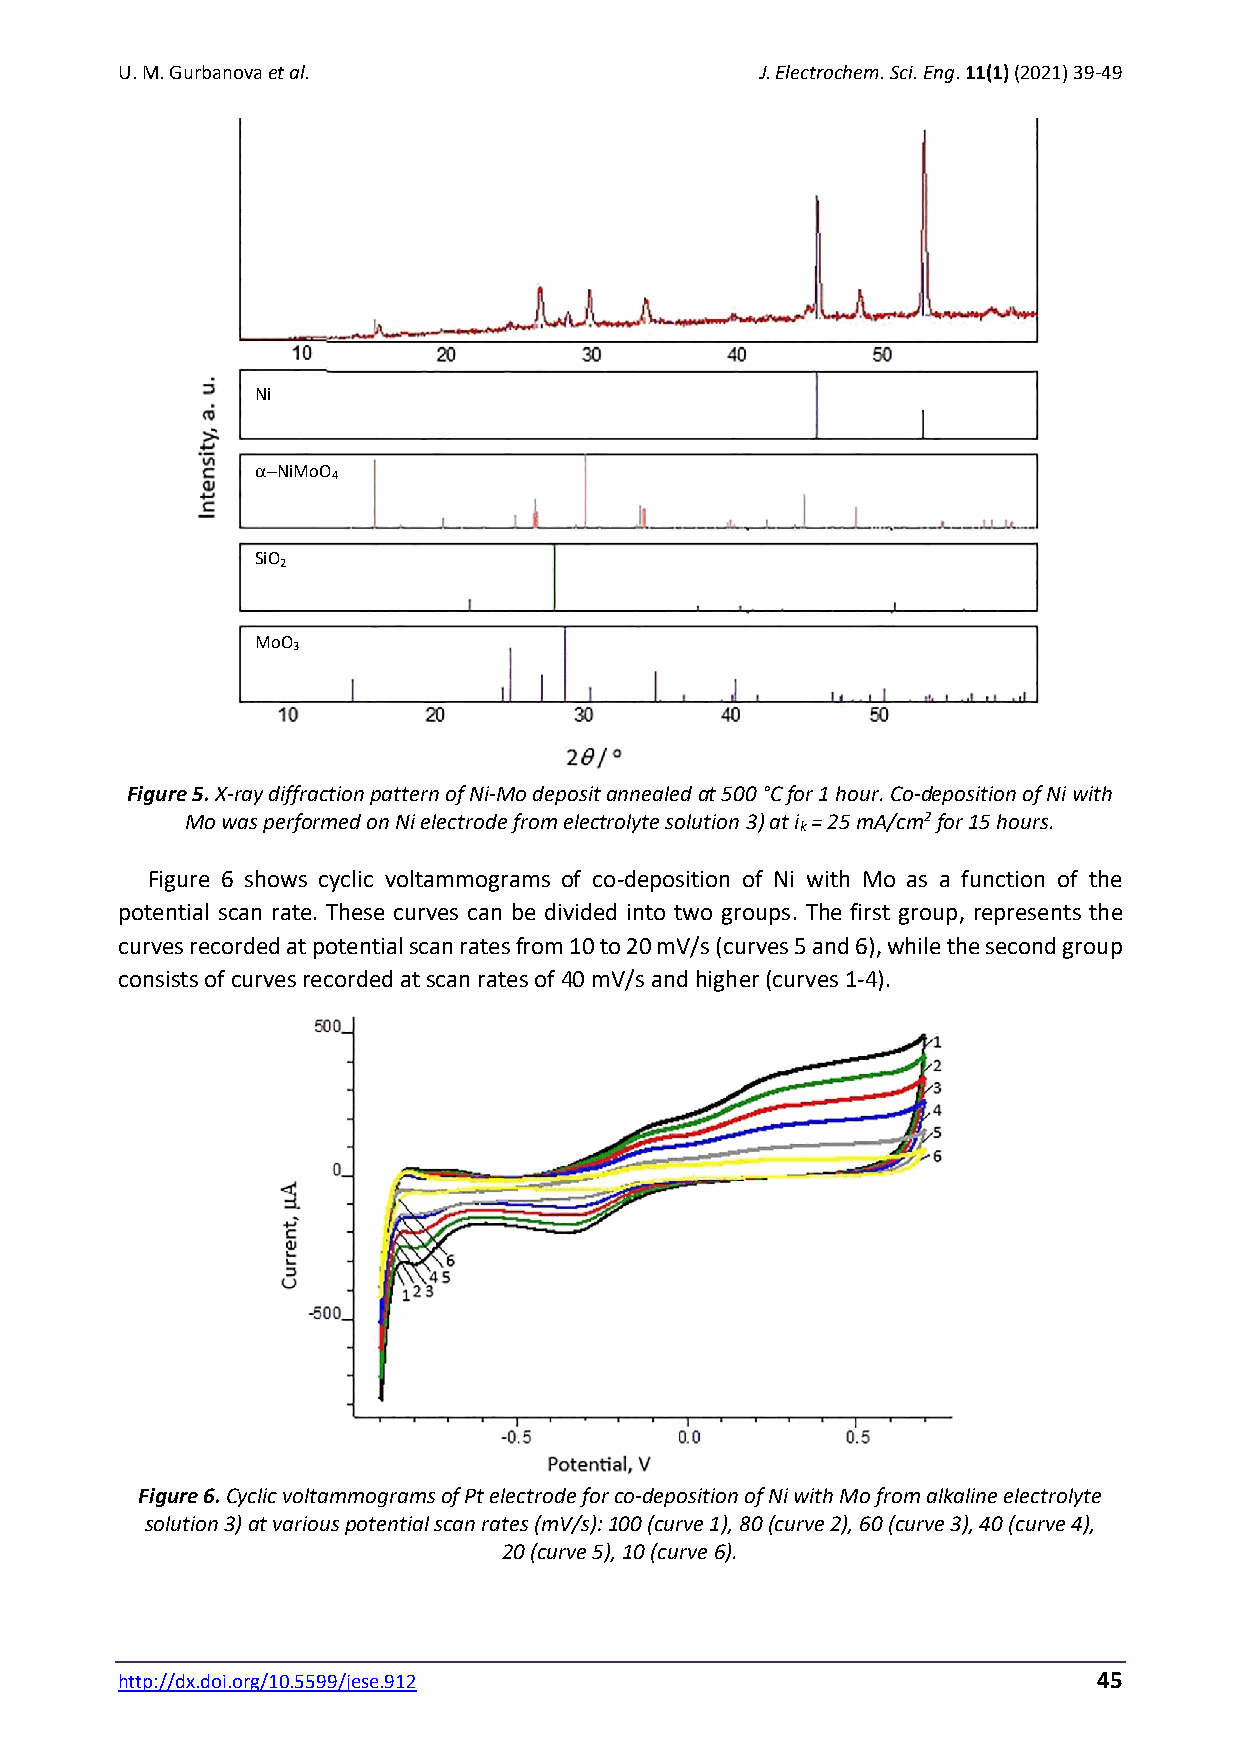
U. M. Gurbanova et al.                    J. Electrochem. Sci. Eng. 11(1) (2021) 39-49
 Ni
 −NiMoO
 4
 SiO
 2
 MoO
 3
 Figure 5. X-ray diffraction pattern of Ni-Mo deposit annealed at 500 °C for 1 hour. Co-deposition of Ni with
 Mo was performed on Ni electrode from electrolyte solution 3) at i = 25 mA/cm2 for 15 hours.
 k
 Figure 6 shows cyclic voltammograms of co-deposition of Ni with Mo as a function of the
 potential scan rate. These curves can be divided into two groups. The first group, represents the
 curves recorded at potential scan rates from 10 to 20 mV/s (curves 5 and 6), while the second group
 consists of curves recorded at scan rates of 40 mV/s and higher (curves 1-4).
 Figure 6. Cyclic voltammograms of Pt electrode for co-deposition of Ni with Mo from alkaline electrolyte
 solution 3) at various potential scan rates (mV/s): 100 (curve 1), 80 (curve 2), 60 (curve 3), 40 (curve 4),
 20 (curve 5), 10 (curve 6).
 http://dx.doi.org/10.5599/jese.912                               45